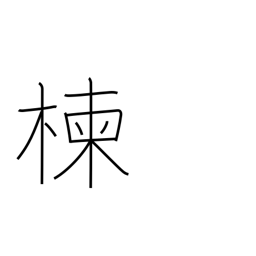
Meaning: Japanese bead tree